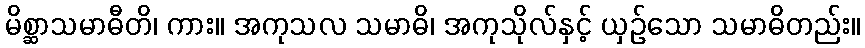
မိစ္ဆာသမာဓီတိ၊ ကား။ အကုသလ သမာဓိ၊ အကုသိုလ်နှင့် ယှဉ်သော သမာဓိတည်း။